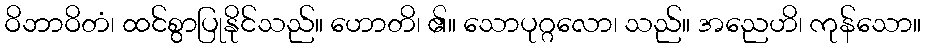
ဝိဘာဝိတံ၊ ထင်စွာပြုနိုင်သည်။ ဟောတိ၊ ၏။ သောပုဂ္ဂလော၊ သည်။ အညေဟိ၊ ကုန်သော။